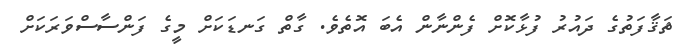
ޘަޤާފަތުގެ ދައުރު ފުޅާކޮށް ފެންނާން އެބަ އޮތެވެ. ގާތް ގަނޑަކަށް މީގެ ފަންސާސްވަރަކަށް